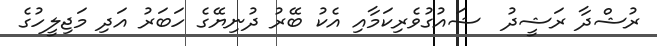
ރުޝްދާ ރަޝީދު  ޝައުގުވެރިކަމާއި އެކު ބޭރު ދުނިޔޭގެ ހަބަރު އަދި މަޖިލީހުގެ